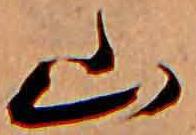
山